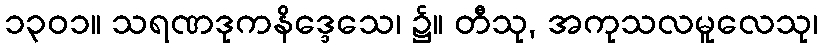
၁၃၀၁။ သရဏဒုကနိဒ္ဒေသေ၊ ၌။ တီသု, အကုသလမူလေသု၊